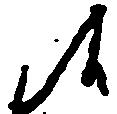
候